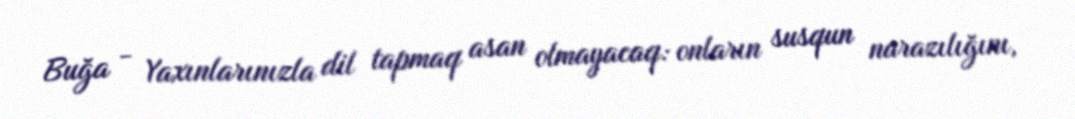
Buğa - Yaxınlarınızla dil tapmaq asan olmayacaq: onların susqun narazılığını,